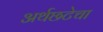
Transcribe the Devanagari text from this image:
अर्थछटेचा